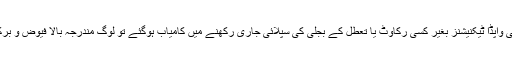
میں سوچتا ہوں کہ اگر خدا نخواستہ کبھی واپڈا ٹیکنیشنز بغیر کسی رکاوٹ یا تعطل کے بجلی کی سپلائی جاری رکھنے میں کامیاب ہوگئے تو لوگ مندرجہ بالا فیوض و برکات سے محروم ہو جائیں گے ، ہائے !